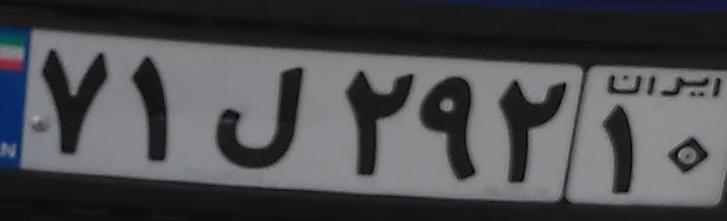
۷۱ل۲۹۲۱۰